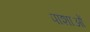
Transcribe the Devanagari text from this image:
पाशाओं